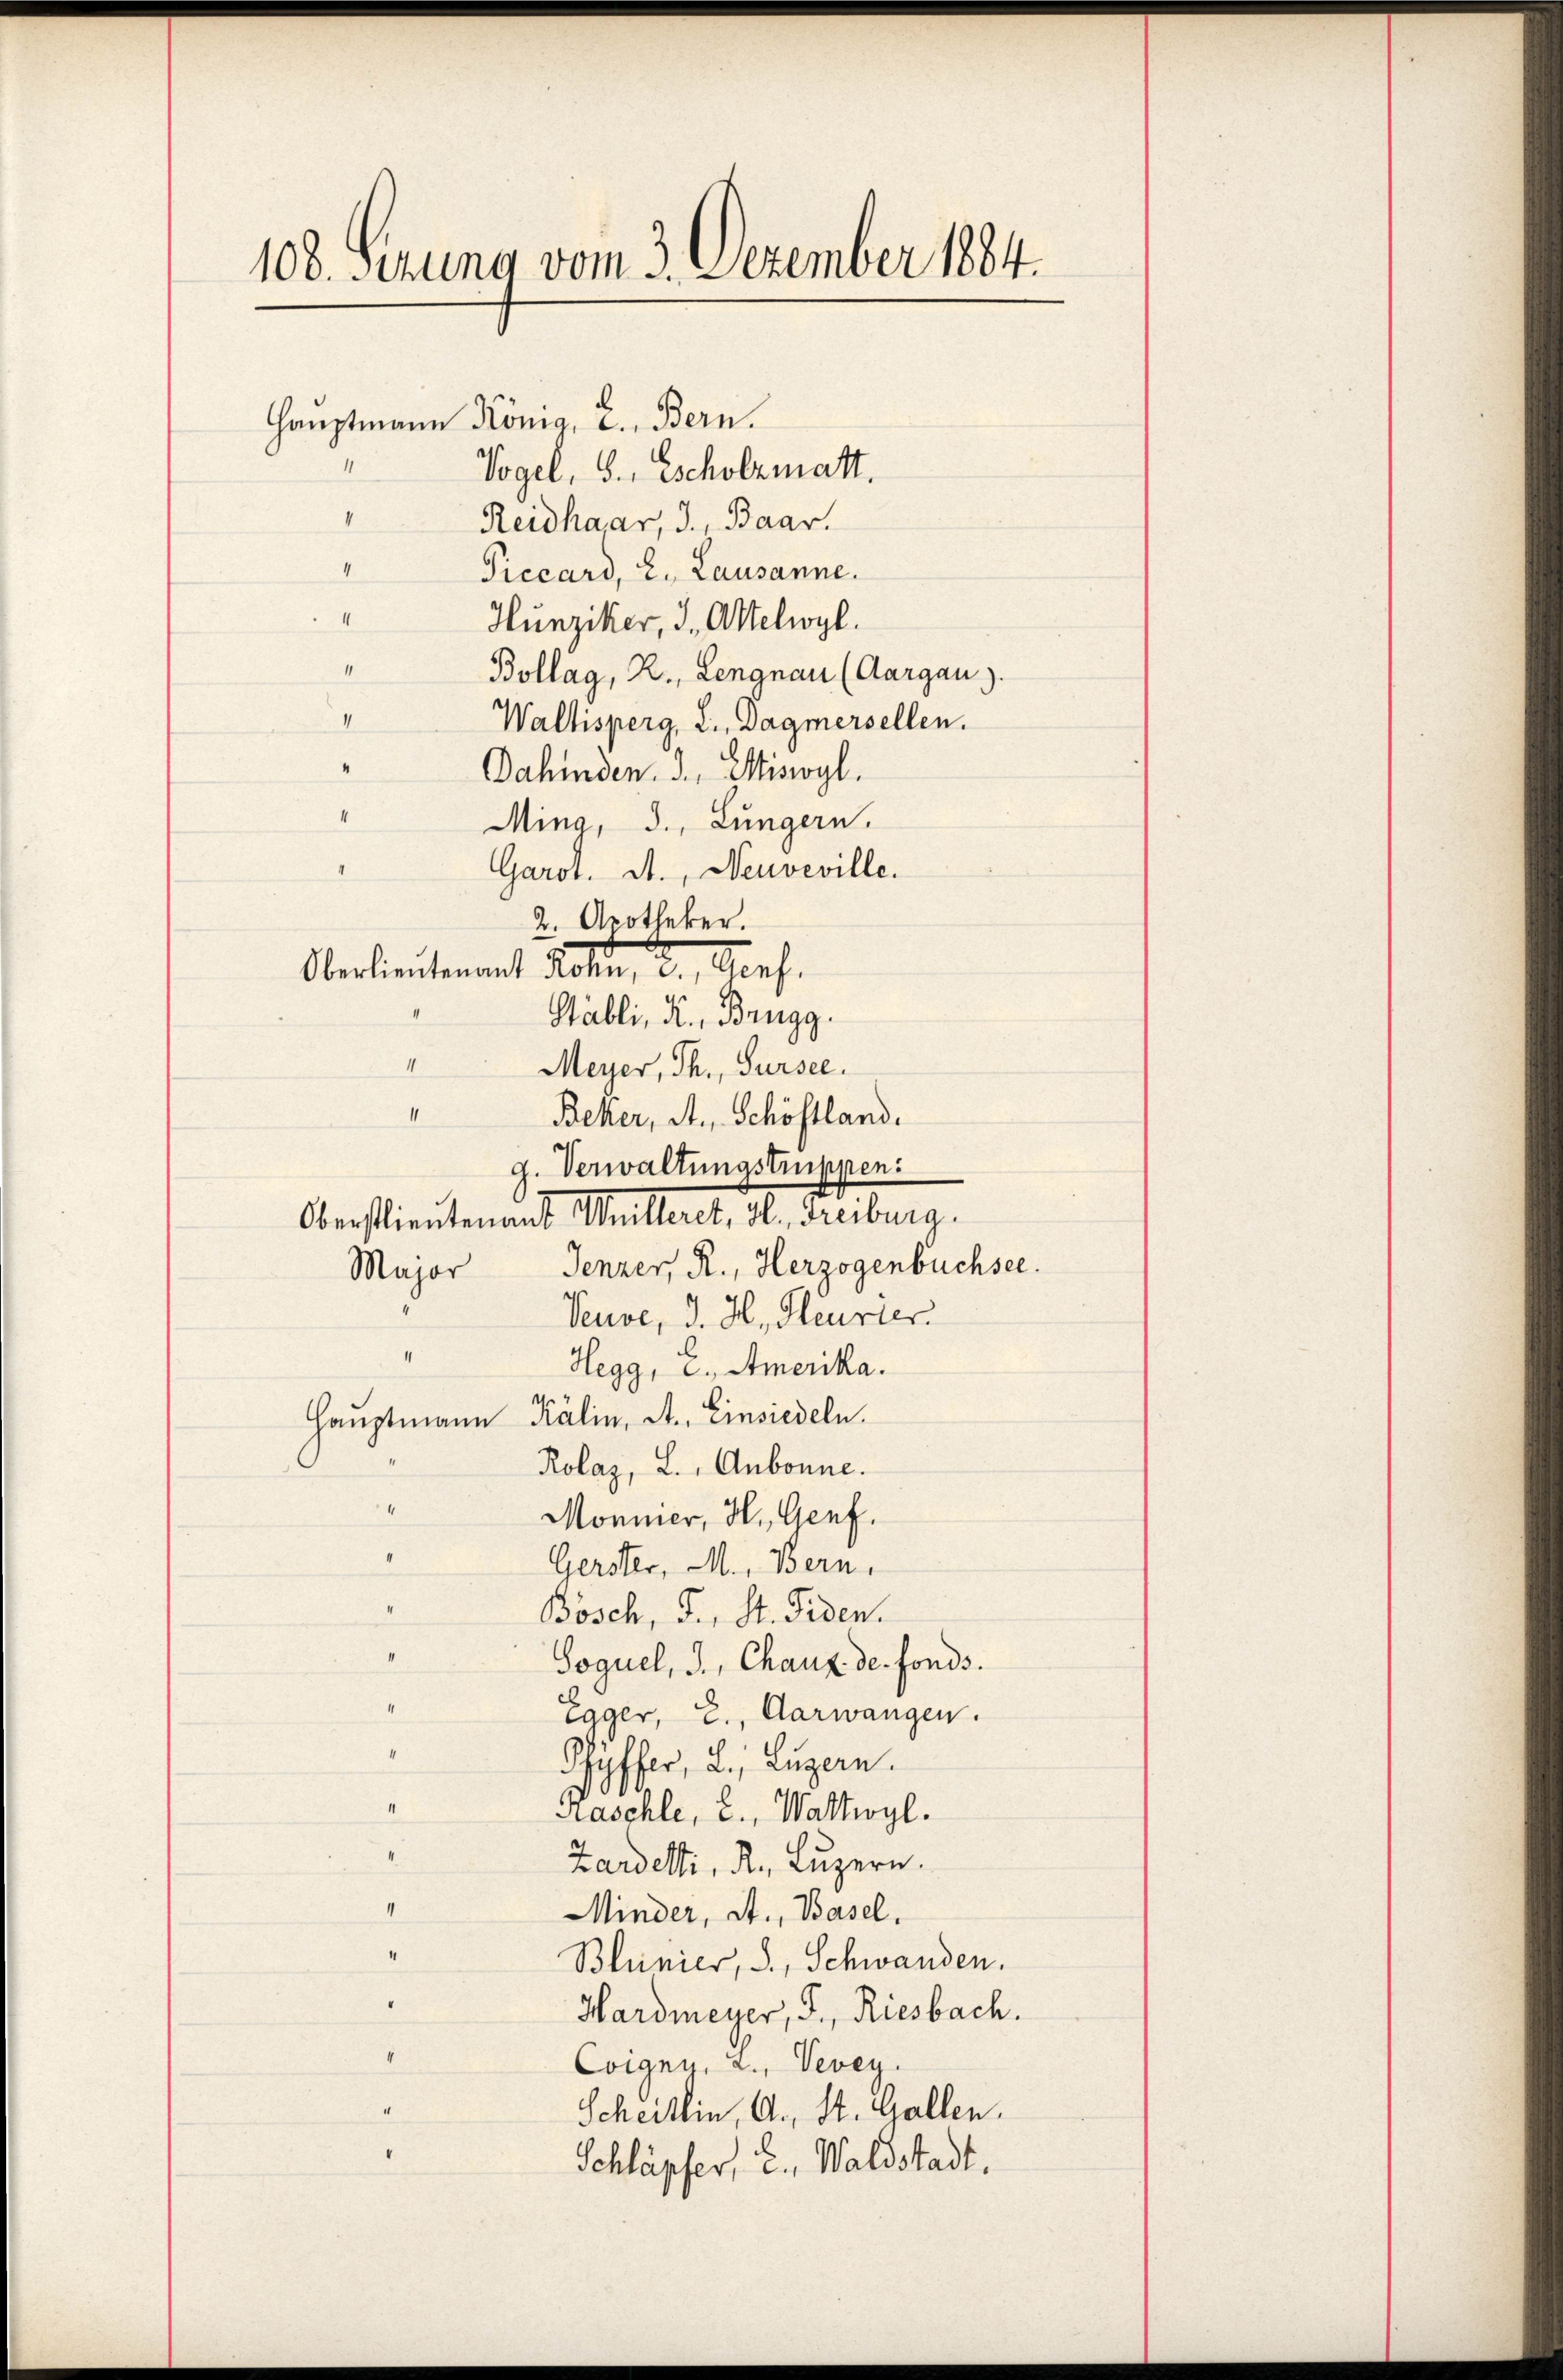
108. Serung vom 3. Dezember 1884.

Hauptmann Konia, 2. Bern.
1
Vogel, S., Escholzmatt.
“
Reidhaar, J., Baar.
1
Piccard, 2. Lausanne.
Hunziker, 3. Attelwyl.
Bollag, R., Lengnau (Aargau).
Wallisperg, 2. Dagmersellen.
Dahinden. 3. Miswyl.
Mina, 3., Lungern.
Garor. A., Neuveville.
2. Apotheker.
Oberlieutenant Rosen, 2., Genf.
Stäbli, R., Brugg.
1
Meyer, Th. Sursee.
1
Beker, A. Schöstland.
g. Verwaltungstruppen:
Oberstlieutenant Weilleret, 3. Freiburg.
Jenzer, R., Herzogenbüchsee.
Major
Veuve, d. H. Heurter.
1
Hegg, E., Amerika.
Hauptmann Kälin, St. Einsiedeln.
Rolaz, L., Aubonne.
4
Monier, H. Genf.
Gerster, M., Bern.
Bösch, F., St. Fiden.
Soguel, J., Chaux de fonds.
Egger, 2., Aarwangen.
Pfyffer, 2., Luzern.
Kaschle, 2., Wattwyl.
Zardetti, R. Luzern.
I
Minder, St. Basel.
1
Blunier, S. Schwanden.
Hardmeyer, J., Riesbach.
Coigen, a. Vevey.
Scheitlin, A. St. Gallen.
Schläpfer, 2., Waldstadt.